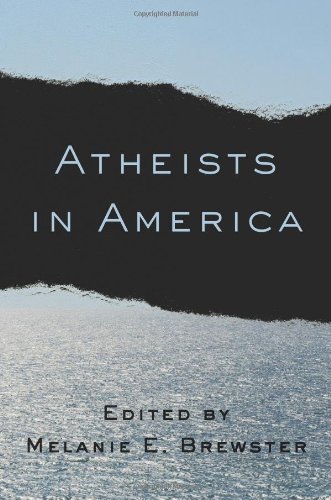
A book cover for Atheists in America; Religion & Spirituality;